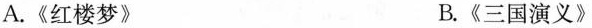
A.《红楼梦》 B.《三国演义》